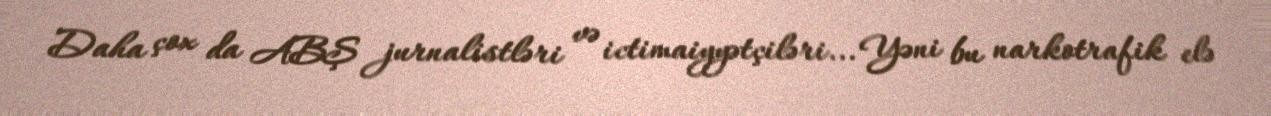
Daha çox da ABŞ jurnalistləri və ictimaiyyətçiləri... Yəni bu narkotrafik elə